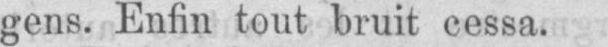
gens. Enfin tout bruit cessa.